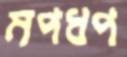
মপধপ